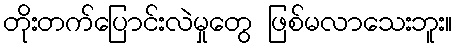
တိုးတက်ပြောင်းလဲမှုတွေ ဖြစ်မလာသေးဘူး။